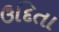
ઉદિતા